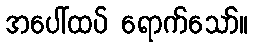
အပေါ်ထပ် ရောက်သော်။